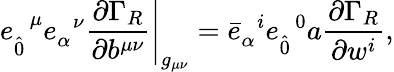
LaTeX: e_{\hat{0}}^{\; \; \mu}e_{\alpha}^{\; \; \nu}\left.\frac{\partial\Gamma_{R}}{\partial b^{\mu\nu}}\right|_{g_{\mu\nu}}={\bar{e}}_{\alpha}^{\; \; i}{e}_{\hat{0}}^{\; \; 0}a\frac{\partial\Gamma_{R}}{\partial w^{i}},